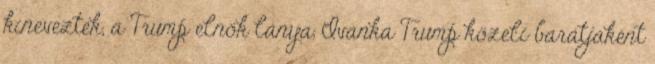
kineveztek, a Trump elnök lánya, Ivanka Trump közeli barátjaként